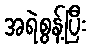
အရဲစွန့်ပြီး